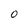
Character: O